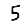
Digit: 5